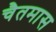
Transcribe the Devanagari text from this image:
चैतमास